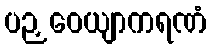
ပဉှဝေယျာကရဏံ